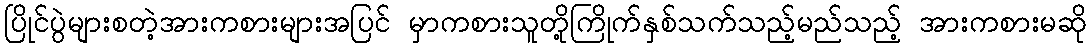
ပြိုင်ပွဲများစတဲ့အားကစားများအပြင် မှာကစားသူတို့ကြိုက်နှစ်သက်သည့်မည်သည့် အားကစားမဆို